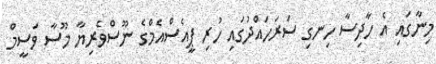
މިނާގައި އެ ހާދިސާ ހިނގި ސަރަހައްދުގައި ހުރި ޕީއެސްއެމްގެ ނޫސްވެރިޔާ މޫސާ ވަސީމް